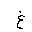
Letter: _gayn